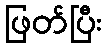
ဖြတ်ပြီး